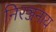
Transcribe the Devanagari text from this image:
निरञ्जनाय